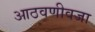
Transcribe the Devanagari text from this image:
आठवणीवजा